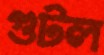
গুটল